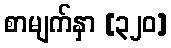
စာမျက်နှာ [၃၂၀]